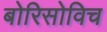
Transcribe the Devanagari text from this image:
बोरिसोविच